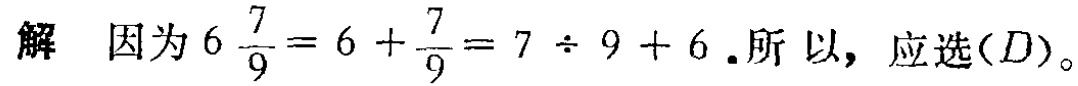
解 因为\(6\frac{7}{9}=6 + \frac{7}{9}=7\div 9 + 6\).所以，应选\((D)\)。